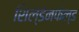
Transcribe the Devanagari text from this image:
शिल्डेनफेल्ड